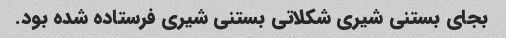
بجای بستنی شیری شکلاتی بستنی شیری فرستاده شده بود.